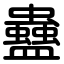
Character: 蠱